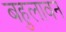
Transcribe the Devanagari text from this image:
बहुलावन